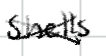
Text: shells
Cross-out: cross
Writing tool: digital_black